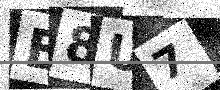
Text: E8U7